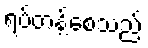
ရပ်တန့်စေသည်